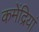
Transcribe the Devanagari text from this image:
कमेंद्रियां